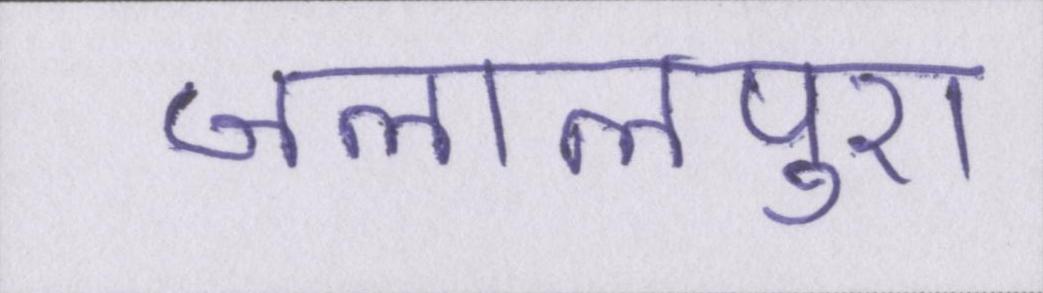
जलालपुरा